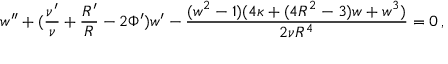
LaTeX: w ^ { \prime \prime } + ( \frac { \nu ^ { \prime } } { \nu } + \frac { R ^ { \prime } } { R } - 2 \Phi ^ { \prime } ) w ^ { \prime } - \frac { ( w ^ { 2 } - 1 ) ( 4 \kappa + ( 4 R ^ { 2 } - 3 ) w + w ^ { 3 } ) } { 2 \nu R ^ { 4 } } = 0 \, ,